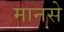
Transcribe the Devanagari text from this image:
मानसे